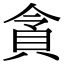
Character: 𮙿